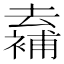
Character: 𠬖